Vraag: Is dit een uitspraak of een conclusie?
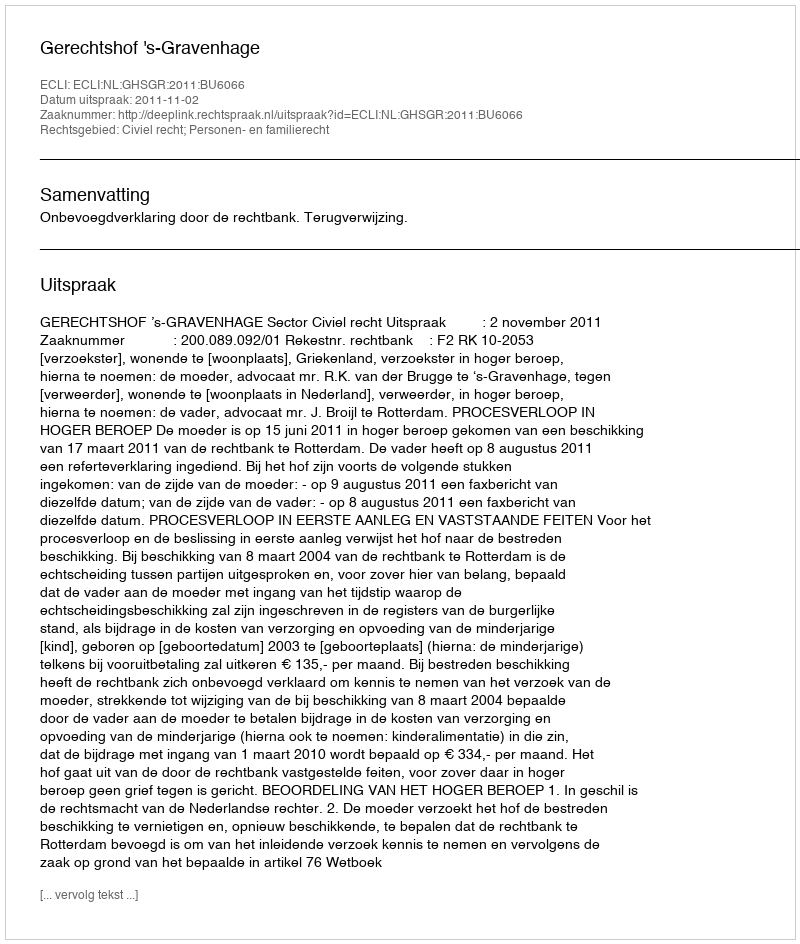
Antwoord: Uitspraak